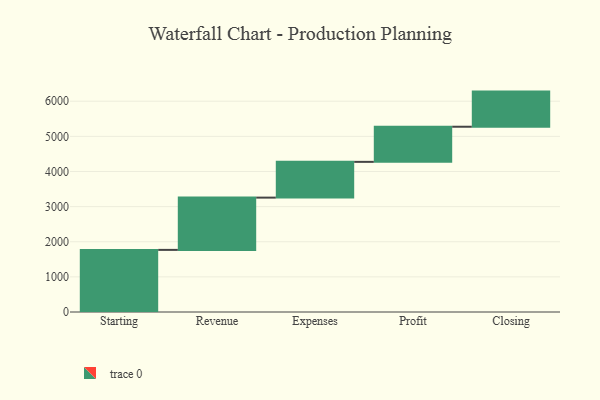
{"axis": {"x": "Step", "y": "Value"}, "legend": [""], "data": [{"x": "Starting", "y": 1768.0, "type": ""}, {"x": "Revenue", "y": 1488.0, "type": ""}, {"x": "Expenses", "y": 1018.0, "type": ""}, {"x": "Profit", "y": 1000, "type": ""}, {"x": "Closing", "y": 1000, "type": ""}]}